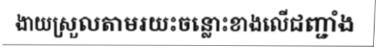
ងាយស្រួលតាមរយះចន្លោះខាងលើជញ្ជាំង